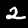
Digit: 2